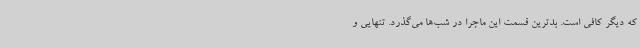
که دیگر کافی است. بدترین قسمت این ماجرا در شب‌ها می‌گذرد. تنهایی و